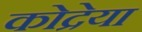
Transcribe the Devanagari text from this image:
कोद्रेया